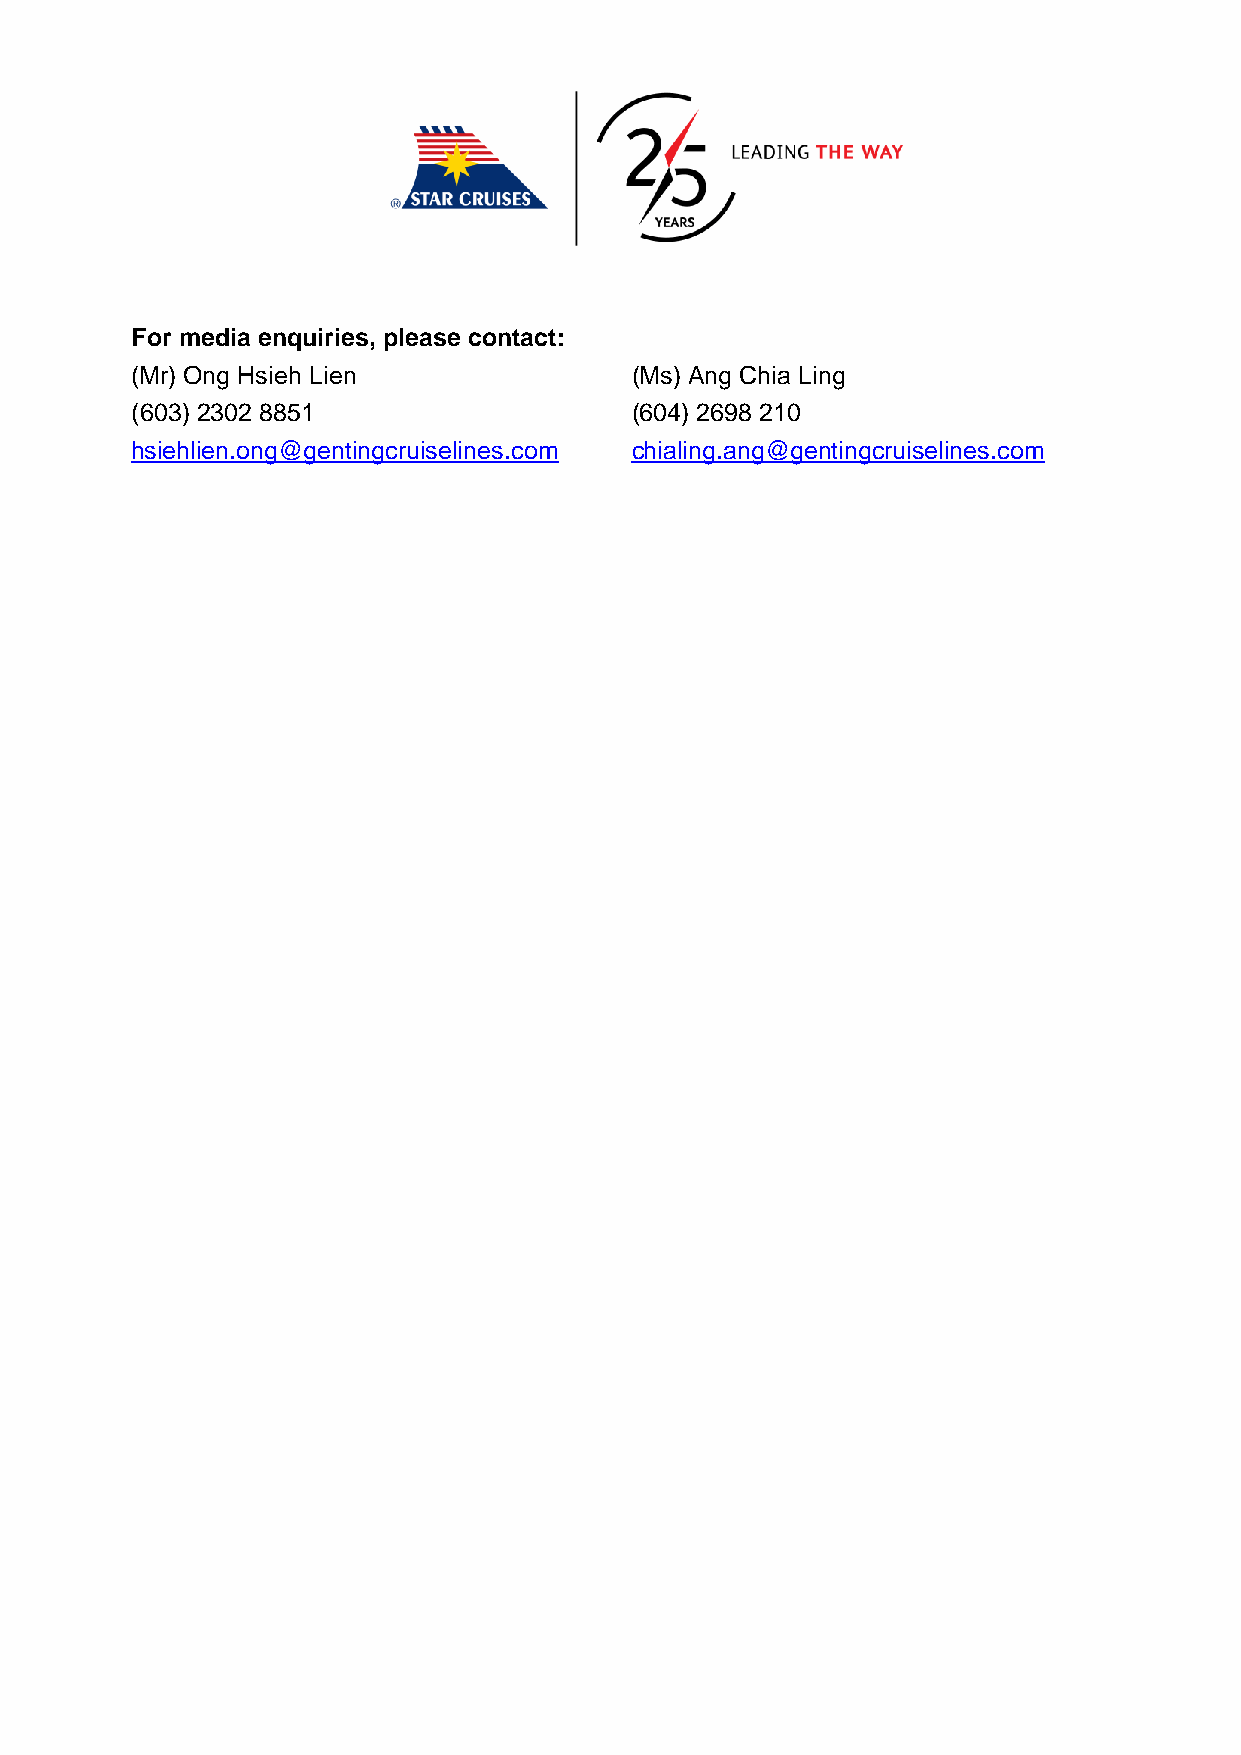
For media enquiries, please contact:
 (Mr) Ong Hsieh Lien              (Ms) Ang Chia Ling
 (603) 2302 8851                  (604) 2698 210
 hsiehlien.ong@gentingcruiselines.com chialing.ang@gentingcruiselines.com